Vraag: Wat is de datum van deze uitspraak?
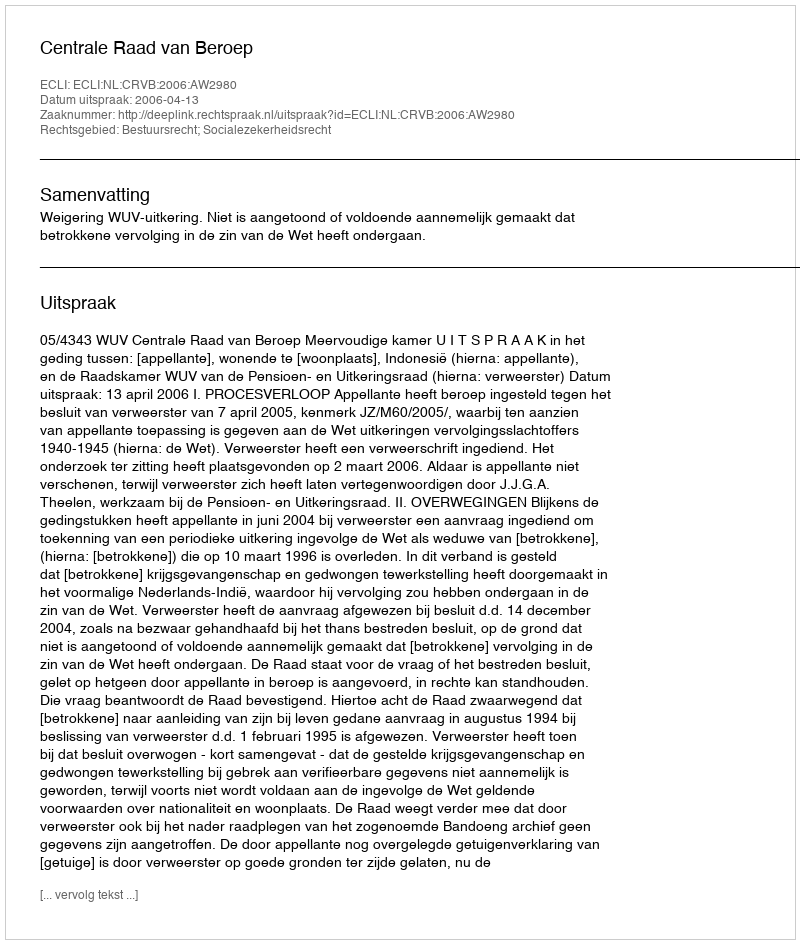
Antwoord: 2006-04-13